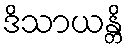
ဒိသာယန္တိ